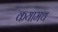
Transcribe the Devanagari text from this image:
कयामथ